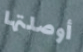
أوصلتها